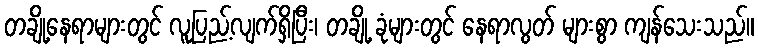
တချို့နေရာများတွင် လူပြည့်လျက်ရှိပြီး၊ တချို့ ခုံများတွင် နေရာလွတ် များစွာ ကျန်သေးသည်။